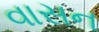
વાસન